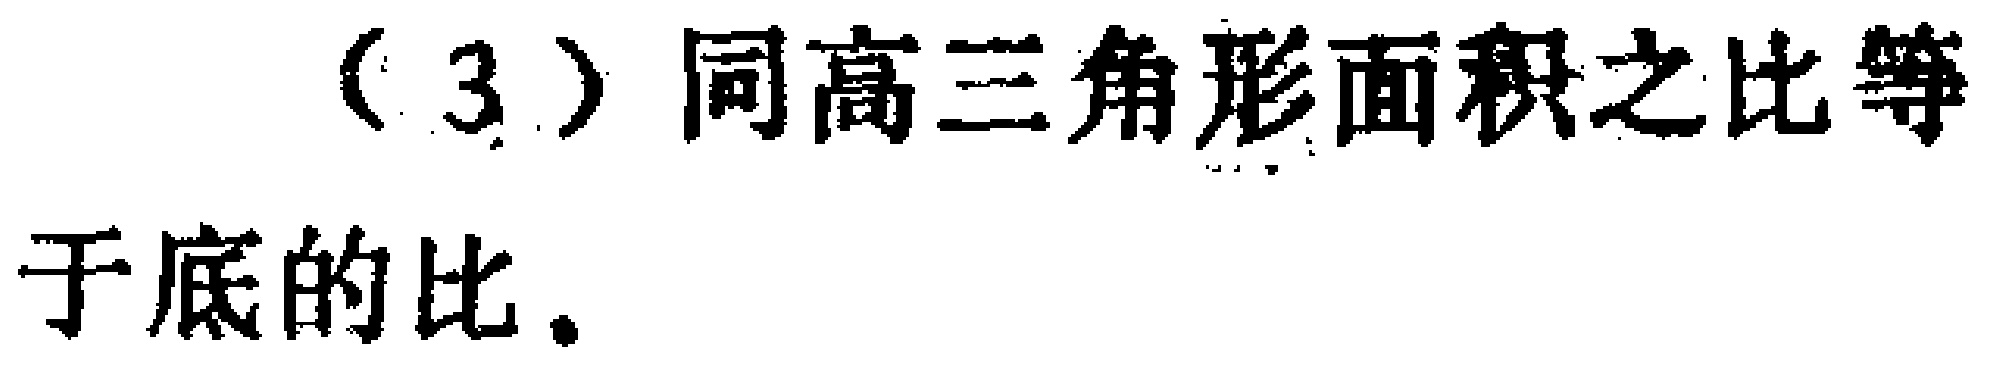
（3）同高三角形面积之比等于底的比。